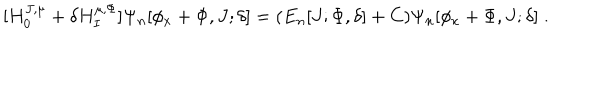
[ H _ { 0 } ^ { J , \mu } + \delta H _ { I } ^ { \mu , \Phi } ] \Psi _ { n } [ \phi _ { x } + \Phi , J ; \delta ] = ( E _ { n } [ J ; \Phi , \delta ] + C ) \Psi _ { n } [ \phi _ { x } + \Phi , J ; \delta ] \; .